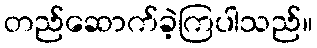
တည်ဆောက်ခဲ့ကြပါသည်။